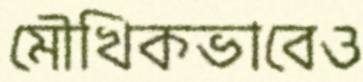
মৌখিকভাবেও